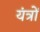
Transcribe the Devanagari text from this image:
यंंत्रों